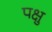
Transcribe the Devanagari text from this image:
पक्षु